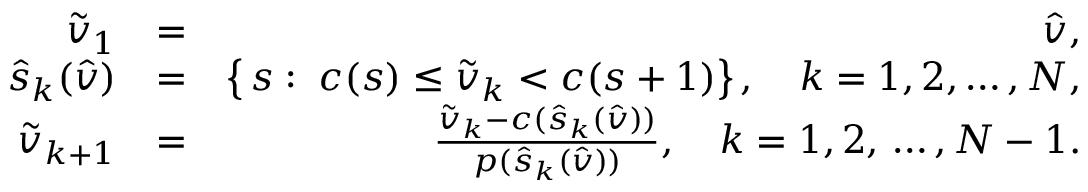
\begin{array} { r l r } { \tilde { v } _ { 1 } } & { = } & { \hat { v } , } \\ { \hat { s } _ { k } ( \hat { v } ) } & { = } & { \left\{ \, s : \; c ( s ) \le \tilde { v } _ { k } < c ( s + 1 ) \right\} , \quad k = 1 , 2 , \ldots , N , } \\ { \tilde { v } _ { k + 1 } } & { = } & { \frac { \tilde { v } _ { k } - c ( \hat { s } _ { k } ( \hat { v } ) ) } { p ( \hat { s } _ { k } ( \hat { v } ) ) } , \quad k = 1 , 2 , \, \ldots , N - 1 . } \end{array}